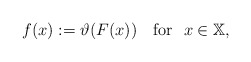
\begin{align*} f(x):=\vartheta(F(x))\quad{\rm for}\ \ x\in\mathbb{X}, \end{align*}